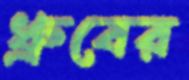
ধ্রুবের